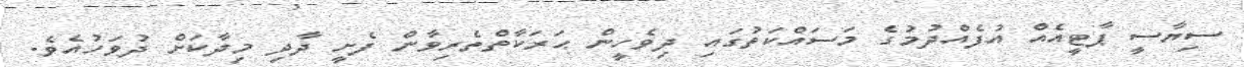
ސިޔާސީ ޕާޓީއެއް އުފެއްދުމުގެ މަސައްކަތުގައި ދިވެހީން ޙަރަކާތްތެރިވާން ފެށީ ދާދި މިދާކަށް ދުވަހުއެވެ.